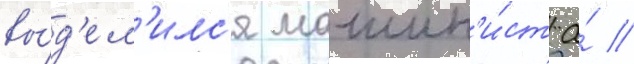
вы́д'ел'илс'я машин'и́ст а́ //